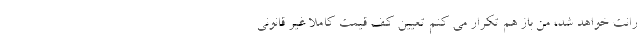
رانت خواهد شد، من باز هم تکرار می کنم تعیین کف قیمت کاملا غیر قانونی